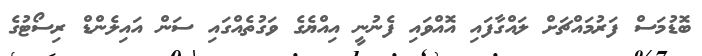
ބޮޑުމަސް ފަރުމައްޗަށް ލައްގާފައި އޮއްވައި ފެނުނީ އިއްޔެގެ ވަގުތެއްގައި ސަން އައިލެންޑް ރިސޯޓުގެ